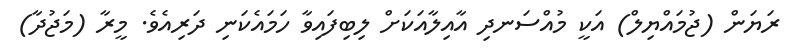
ރަޔަން (ޖުމައްޔިލް) އަކީ މުއްސަނދި އާއިލާއަކަށް ލިބިފައިވާ ހަމައެކަނި ދަރިއެވެ. މީރާ (މަޖުދާ)